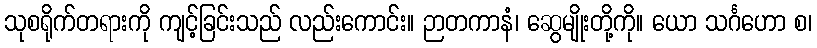
သုစရိုက်တရားကို ကျင့်ခြင်းသည် လည်းကောင်း။ ဉာတကာနံ၊ ဆွေမျိုးတို့ကို။ ယော သင်္ဂဟော စ၊